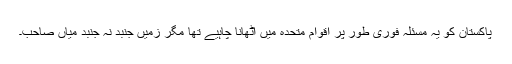
پاکستان کو یہ مسئلہ فوری طور پر اقوام متحدہ میں اٹھانا چاہیے تھا مگر زمیں جنبد نہ جنبد میاں صاحب۔